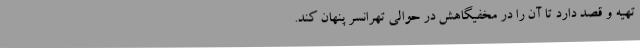
تهیه و قصد دارد تا آن را در مخفیگاهش در حوالی تهرانسر پنهان کند.